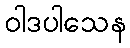
ဝါဒပါသေန